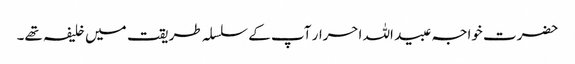
حضرت خواجہ عبید اللہ احرار آپ کے سلسلہ طریقت میں خلیفہ تھے۔